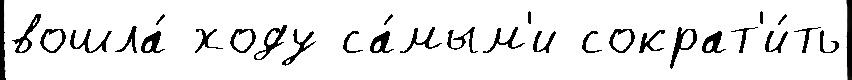
вошла́ ходу са́мым'и сократ'и́ть